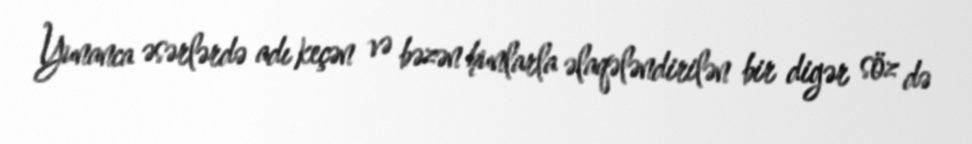
Yunanca əsərlərdə adı keçən və bəzən hunlarla əlaqələndirilən bir digər söz də